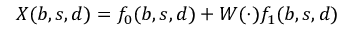
X ( b , s , d ) = f _ { 0 } ( b , s , d ) + W ( \cdot ) f _ { 1 } ( b , s , d )